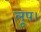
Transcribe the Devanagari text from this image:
लूप।